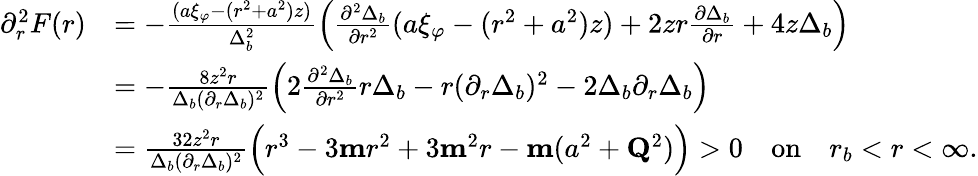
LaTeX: \begin{array}{rl}{\partial_{r}^{2}F(r)}&{=-\frac{(a\xi_{\varphi}-(r^{2}+a^{2})z)}{\Delta_{b}^{2}}\Big(\frac{\partial^{2}\Delta_{b}}{\partial r^{2}}(a\xi_{\varphi}-(r^{2}+a^{2})z)+2zr\frac{\partial\Delta_{b}}{\partial r}+4z\Delta_{b}\Big)}\\ &{=-\frac{8z^{2}r}{\Delta_{b}(\partial_{r}\Delta_{b})^{2}}\Big(2\frac{\partial^{2}\Delta_{b}}{\partial r^{2}}r\Delta_{b}-r(\partial_{r}\Delta_{b})^{2}-2\Delta_{b}\partial_{r}\Delta_{b}\Big)}\\ &{=\frac{32z^{2}r}{\Delta_{b}(\partial_{r}\Delta_{b})^{2}}\Big(r^{3}-3\mathbf{m}r^{2}+3\mathbf{m}^{2}r-\mathbf{m}(a^{2}+\mathbf{Q}^{2})\Big)>0\quad\mathrm{on}\quad r_{b}<r<\infty.}\end{array}